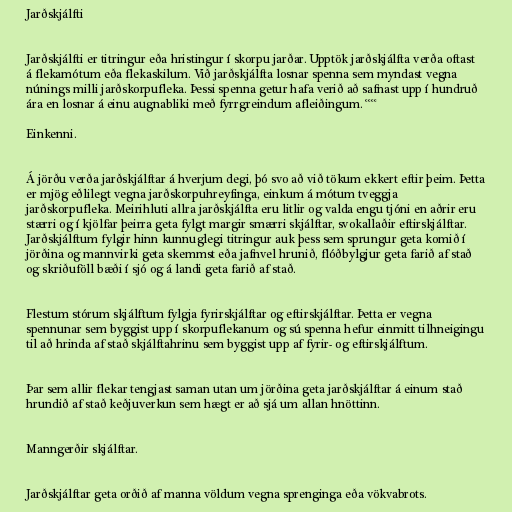
Jarðskjálfti

Jarðskjálfti er titringur eða hristingur í skorpu jarðar. Upptök jarðskjálfta verða oftast
á flekamótum eða flekaskilum. Við jarðskjálfta losnar spenna sem myndast vegna
núnings milli jarðskorpufleka. Þessi spenna getur hafa verið að safnast upp í hundruð
ára en losnar á einu augnabliki með fyrrgreindum afleiðingum. °°°°

Einkenni.

Á jörðu verða jarðskjálftar á hverjum degi, þó svo að við tökum ekkert eftir þeim. Þetta
er mjög eðlilegt vegna jarðskorpuhreyfinga, einkum á mótum tveggja
jarðskorpufleka. Meirihluti allra jarðskjálfta eru litlir og valda engu tjóni en aðrir eru
stærri og í kjölfar þeirra geta fylgt margir smærri skjálftar, svokallaðir eftirskjálftar.
Jarðskjálftum fylgir hinn kunnuglegi titringur auk þess sem sprungur geta komið í
jörðina og mannvirki geta skemmst eða jafnvel hrunið, flóðbylgjur geta farið af stað
og skriðuföll bæði í sjó og á landi geta farið af stað.

Flestum stórum skjálftum fylgja fyrirskjálftar og eftirskjálftar. Þetta er vegna
spennunar sem byggist upp í skorpuflekanum og sú spenna hefur einmitt tilhneigingu
til að hrinda af stað skjálftahrinu sem byggist upp af fyrir- og eftirskjálftum.

Þar sem allir flekar tengjast saman utan um jörðina geta jarðskjálftar á einum stað
hrundið af stað keðjuverkun sem hægt er að sjá um allan hnöttinn.

Manngerðir skjálftar.

Jarðskjálftar geta orðið af manna völdum vegna sprenginga eða vökvabrots.